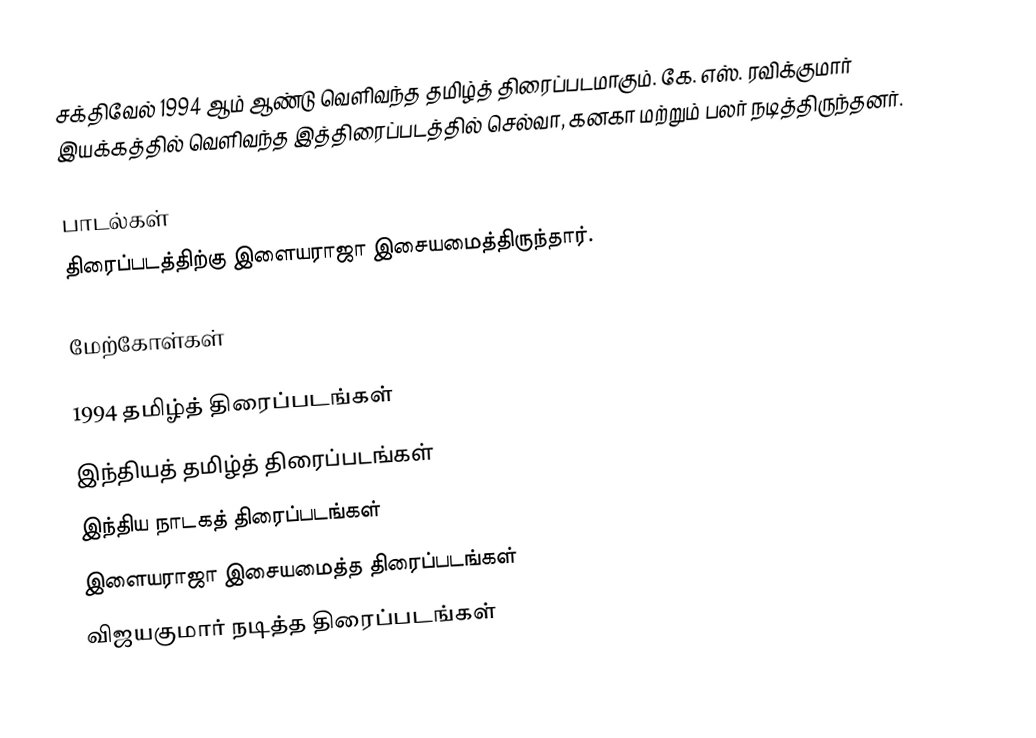
சக்திவேல் 1994 ஆம் ஆண்டு வெளிவந்த தமிழ்த் திரைப்படமாகும். கே. எஸ். ரவிக்குமார் இயக்கத்தில் வெளிவந்த இத்திரைப்படத்தில் செல்வா, கனகா மற்றும் பலர் நடித்திருந்தனர்.

பாடல்கள்
திரைப்படத்திற்கு இளையராஜா இசையமைத்திருந்தார்.

மேற்கோள்கள்

1994 தமிழ்த் திரைப்படங்கள்
இந்தியத் தமிழ்த் திரைப்படங்கள்
இந்திய நாடகத் திரைப்படங்கள்
இளையராஜா இசையமைத்த திரைப்படங்கள்
விஜயகுமார் நடித்த திரைப்படங்கள்